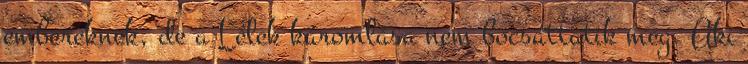
embereknek, de a Lélek káromlása nem bocsáttatik meg. Aki